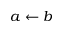
a \gets b